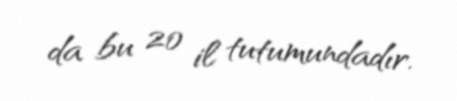
da bu 20 il tutumundadır.